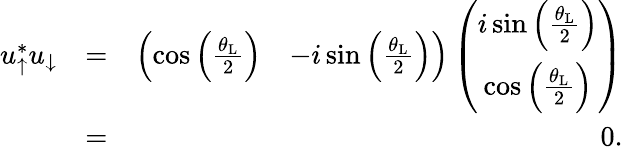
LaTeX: \begin{array}{rlr}{u_{\uparrow}^{*}u_{\downarrow}}&{=}&{\left(\begin{array}{cc}{\cos\left(\frac{\theta_{\mathrm{L}}}{2}\right)}&{-i\sin\left(\frac{\theta_{\mathrm{L}}}{2}\right)}\end{array}\right)\left(\begin{array}{cc}{i\sin\left(\frac{\theta_{\mathrm{L}}}{2}\right)}\\ {\cos\left(\frac{\theta_{\mathrm{L}}}{2}\right)}\end{array}\right)}\\ &{=}&{0.}\end{array}